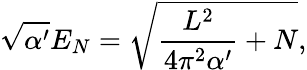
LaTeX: \sqrt{\alpha^{\prime}}E_{N}=\sqrt{\frac{L^{2}}{4\pi^{2}\alpha^{\prime}}+N},